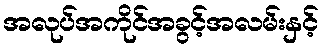
အလုပ်အကိုင်အခွင့်အလမ်းနှင့်